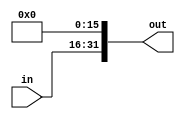
`timescale 1ns / 1ps
//////////////////////////////////////////////////////////////////////////////////
// Company: 
// Engineer: 
// 
// Design Name: 
// Module Name: LeftShift16
// Project Name: 
// Target Devices: 
// Tool Versions: 
// Description: 
// 
// Dependencies: 
// 
// Revision:
// Revision 0.01 - File Created
// Additional Comments:
// 
//////////////////////////////////////////////////////////////////////////////////


module LeftShift16(in,out);
input [15:0] in;
output reg[31:0] out;

    always @(in)
    begin
        out <= in << 16;
    end
    
endmodule